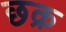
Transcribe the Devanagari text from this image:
छक्र